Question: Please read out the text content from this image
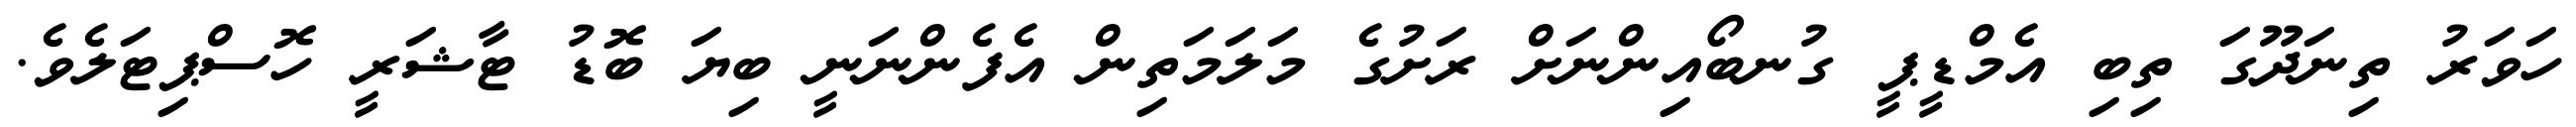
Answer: ހަވަރު ތިނަދޫގަ ތިބި އެމްޑީޕީ ގުނބޯއިންނަށް ރަށުގެ މަލަމަތިން އެފެންނަނީ ބިޔަ ބޮޑު ޓާޝަރީ ހޮސްޕިޓަލެވެ.